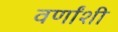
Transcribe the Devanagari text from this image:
वर्णांशी